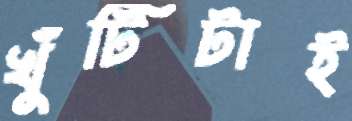
খুঁটিটাই